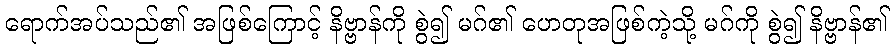
ရောက်အပ်သည်၏ အဖြစ်ကြောင့် နိဗ္ဗာန်ကို စွဲ၍ မဂ်၏ ဟေတုအဖြစ်ကဲ့သို့ မဂ်ကို စွဲ၍ နိဗ္ဗာန်၏